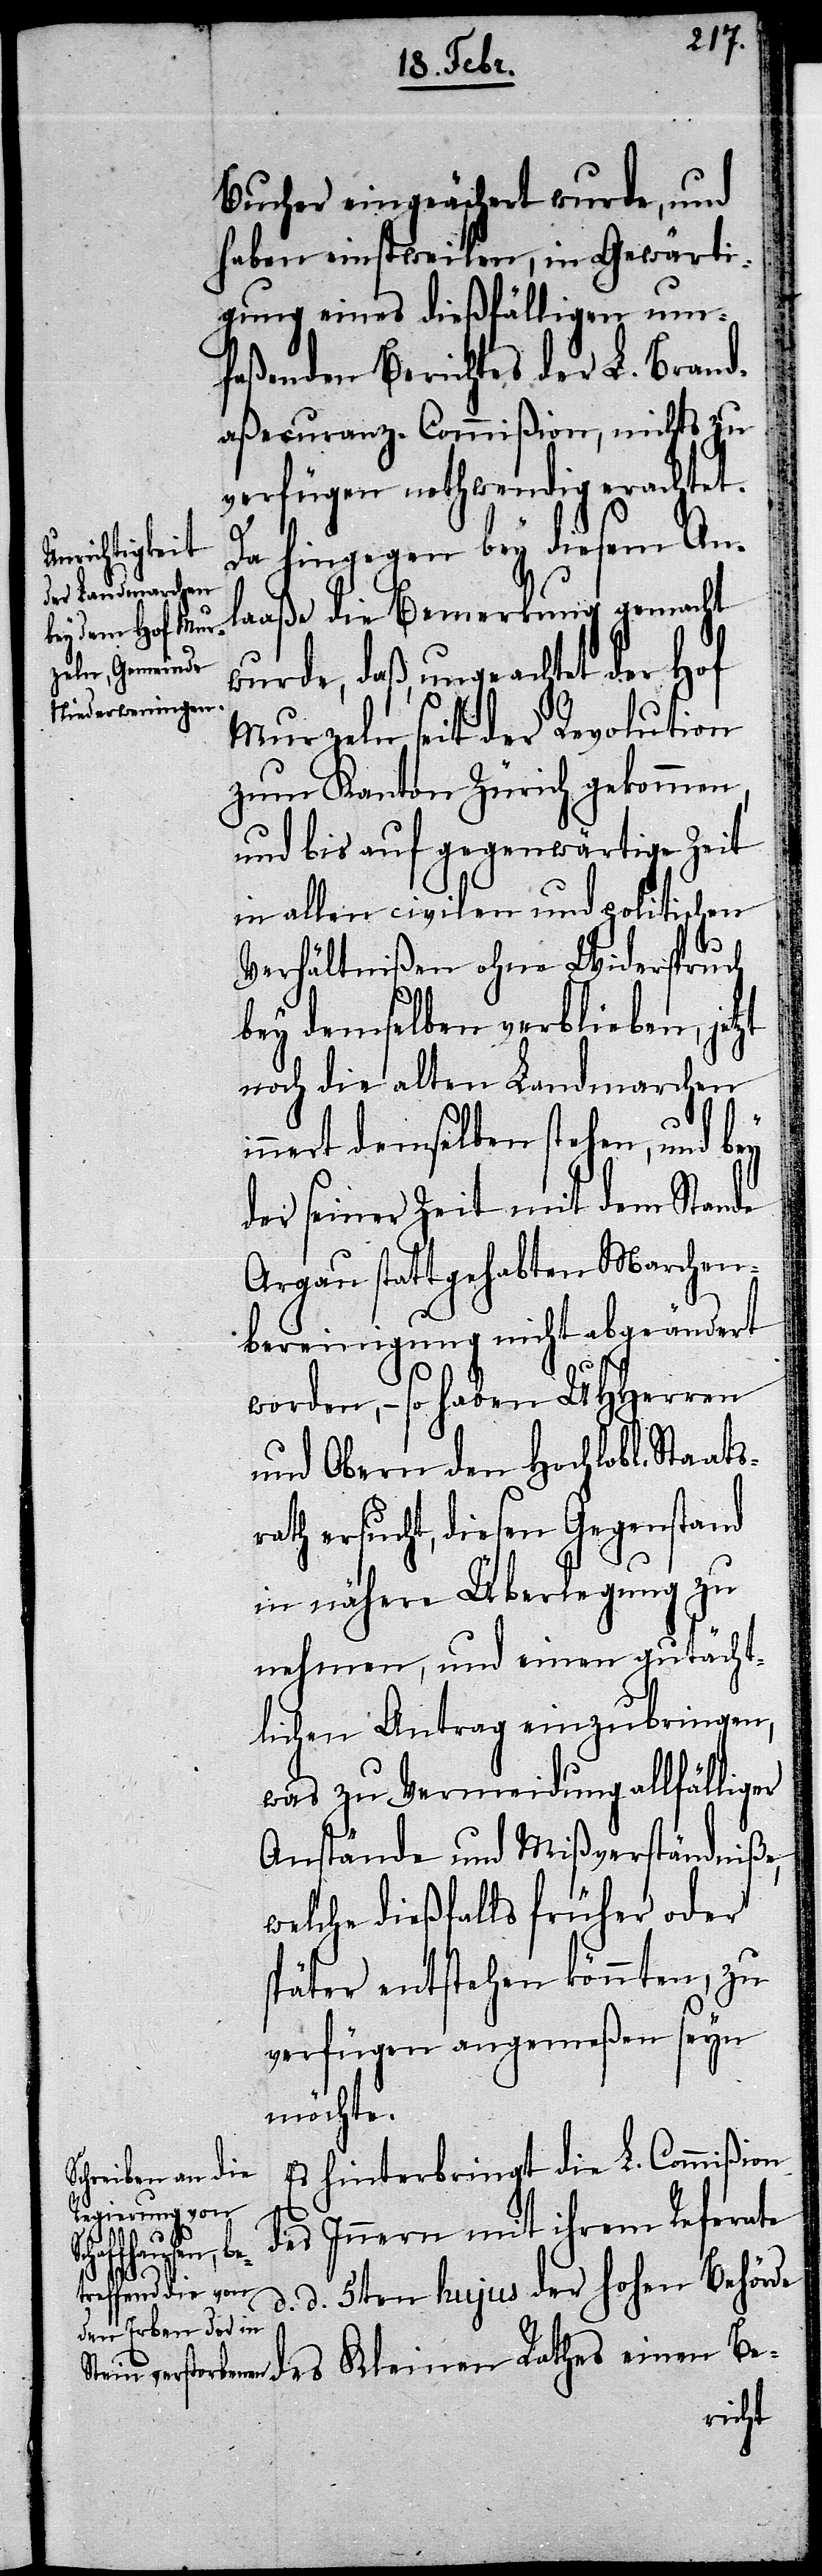
sr¬

Bucher eingeäschert wurde, und
haben einstweilen, in Gewärti¬
gung eines dießfälligen um¬
faßenden Berichtes der L. Brand¬
aßecuranz-Commißion, nichts zu
verfügen nothwendig erachtet.
Da hingegen bey diesem An¬
laaße die Bemerkung gemacht
wurde, daß, ungeachtet der Hof
Murzeln seit der Revolution
zum Kanton Zürich gekommen,
und bis auf gegenwärtige Zeit
in allen civilen und politischen
Verhältnißen ohne Widerspruch
bey demselben verblieben, jetzt
noch die alten Landmarchen
nnert demselben stehen, und bey
der seiner Zeit mit dem Stande
Argau stattgehabten Marchen¬
bereinigung nicht abgeändert
worden, – so haben UHHerren
und Obern den Hochlobl. Staat¬
ath ersucht, diesen Gegenstand
in nähere Überlegung zu
nehmen, und einen gutächt¬
lichen Antrag einzubringen,
was zu Vermeidung allfälliger
Anstände und Mißverständniße,
welche dießfalls früher oder
später entstehen könnten, zu
verfügen angemeßen seyn
möchte.
Es hinterbringt die L. Commißion
des Innern mit ihrem Referate
d. d. 5ten hujus der hohen Behörde
des Kleinen Rathes einen Be-